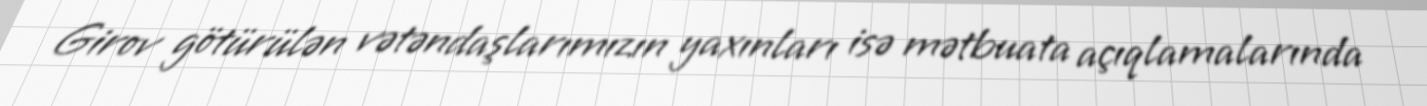
Girov götürülən vətəndaşlarımızın yaxınları isə mətbuata açıqlamalarında